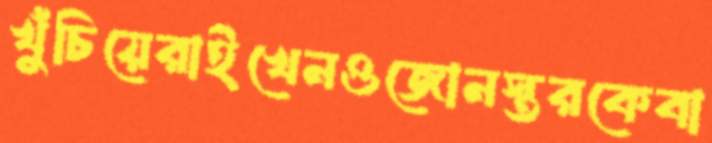
খুঁচিয়েরাইখেনওজোনস্তরকেবা